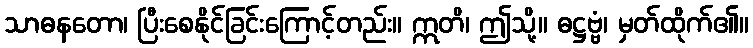
သာဓနတော၊ ပြီးစေနိုင်ခြင်းကြောင့်တည်း။ ဣတိ၊ ဤသို့။ ဓဋ္ဌဗ္ဗံ၊ မှတ်ထိုက်၏။